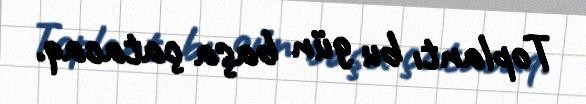
Toplantı bu gün başa çatacaq.